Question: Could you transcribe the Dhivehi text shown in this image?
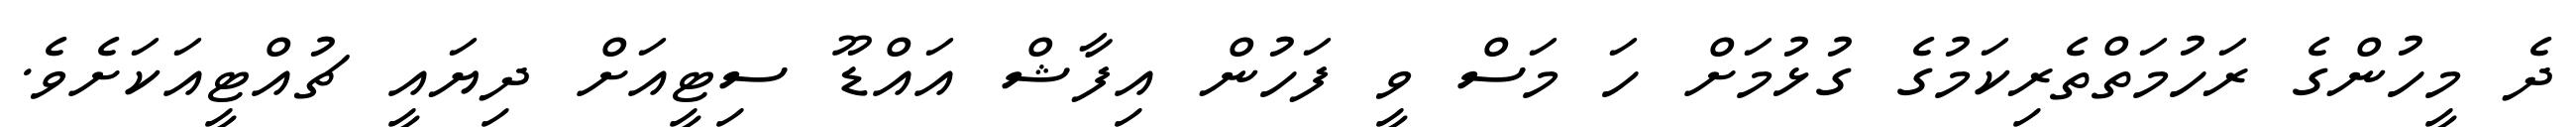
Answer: ދެ މީހުންގެ ރަހުމަތްތެރިކަމުގެ ގުޅުމަށް ހަ މަސް ވީ ފަހުން އިފާޝް އައްޑޫ ސިޓީއަށް ދިޔައީ ޗުއްޓީއަކަށެވެ.